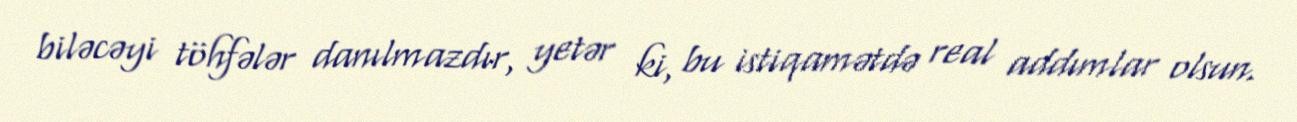
biləcəyi töhfələr danılmazdır, yetər ki, bu istiqamətdə real addımlar olsun.